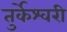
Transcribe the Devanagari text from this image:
तुर्केश्वरी